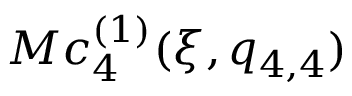
M c _ { 4 } ^ { ( 1 ) } ( \xi , q _ { 4 , 4 } )